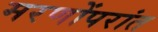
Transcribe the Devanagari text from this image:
मरणोंपरांत